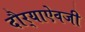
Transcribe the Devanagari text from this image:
दौर्‍याऐवजी